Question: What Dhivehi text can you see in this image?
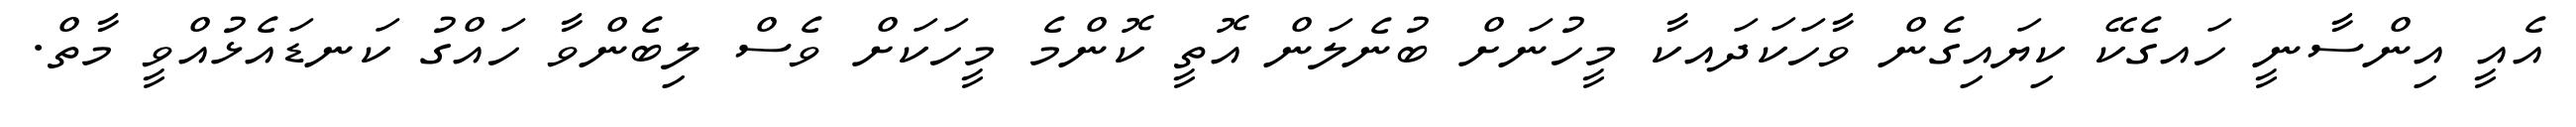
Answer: އެއީ އިންސާނީ ހައގެކޭ ކިޔައިގެން ވާހަކަދައކާ މީހުނަށް ބުނެލަން އޮތީ ކޮންމެ މީހަކަށް ވެސް ލިބެންވާ ހައްގު ކަނޑައެޅުއްވީ މާތް.